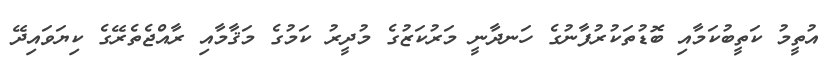
އުތީމު ކަތީބުކަމާއި ބޮޑުތަކުރުފާނުގެ ހަނދާނީ މަރުކަޒުގެ މުދީރު ކަމުގެ މަޤާމާއި ރާއްޖެތެރޭގެ ކިޔަވައިދޭ